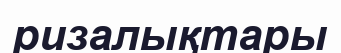
ризалықтары